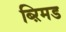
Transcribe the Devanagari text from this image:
ब्ऱिमड